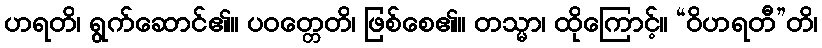
ဟရတိ၊ ရွက်ဆောင်၏။ ပဝတ္တေတိ၊ ဖြစ်စေ၏။ တသ္မာ၊ ထိုကြောင့်။ “ဝိဟရတီ”တိ၊